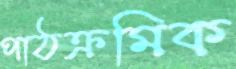
পাঠক্রমিক